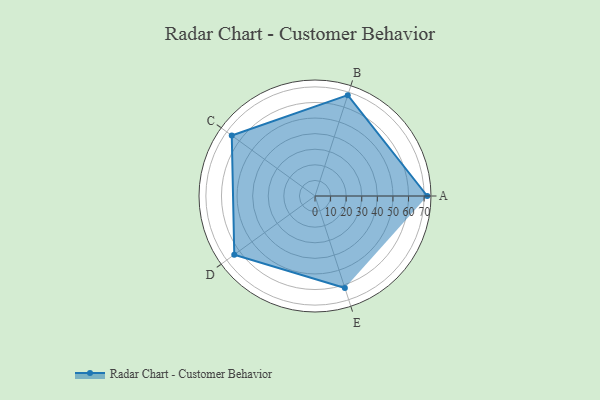
{"axis": {"x": "Skill", "y": "Score"}, "legend": ["Profile"], "data": [{"x": "A", "y": 72.0, "type": "Profile"}, {"x": "B", "y": 68.0, "type": "Profile"}, {"x": "C", "y": 66.0, "type": "Profile"}, {"x": "D", "y": 64.0, "type": "Profile"}, {"x": "E", "y": 62.0, "type": "Profile"}]}